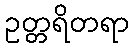
ဥတ္တရိတရာ